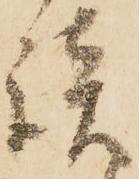
談